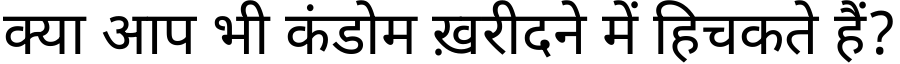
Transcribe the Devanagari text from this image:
क्या आप भी कंडोम ख़रीदने में हिचकते हैं?